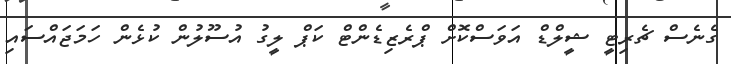
ގެނެސް ޗެރިޓީ ޝީލްޑް އަވަސްކޮށް ޕްރެޒިޑެންޓް ކަޕް ލީގު އުސޫލުން ކުޅެން ހަމަޖައްސައި